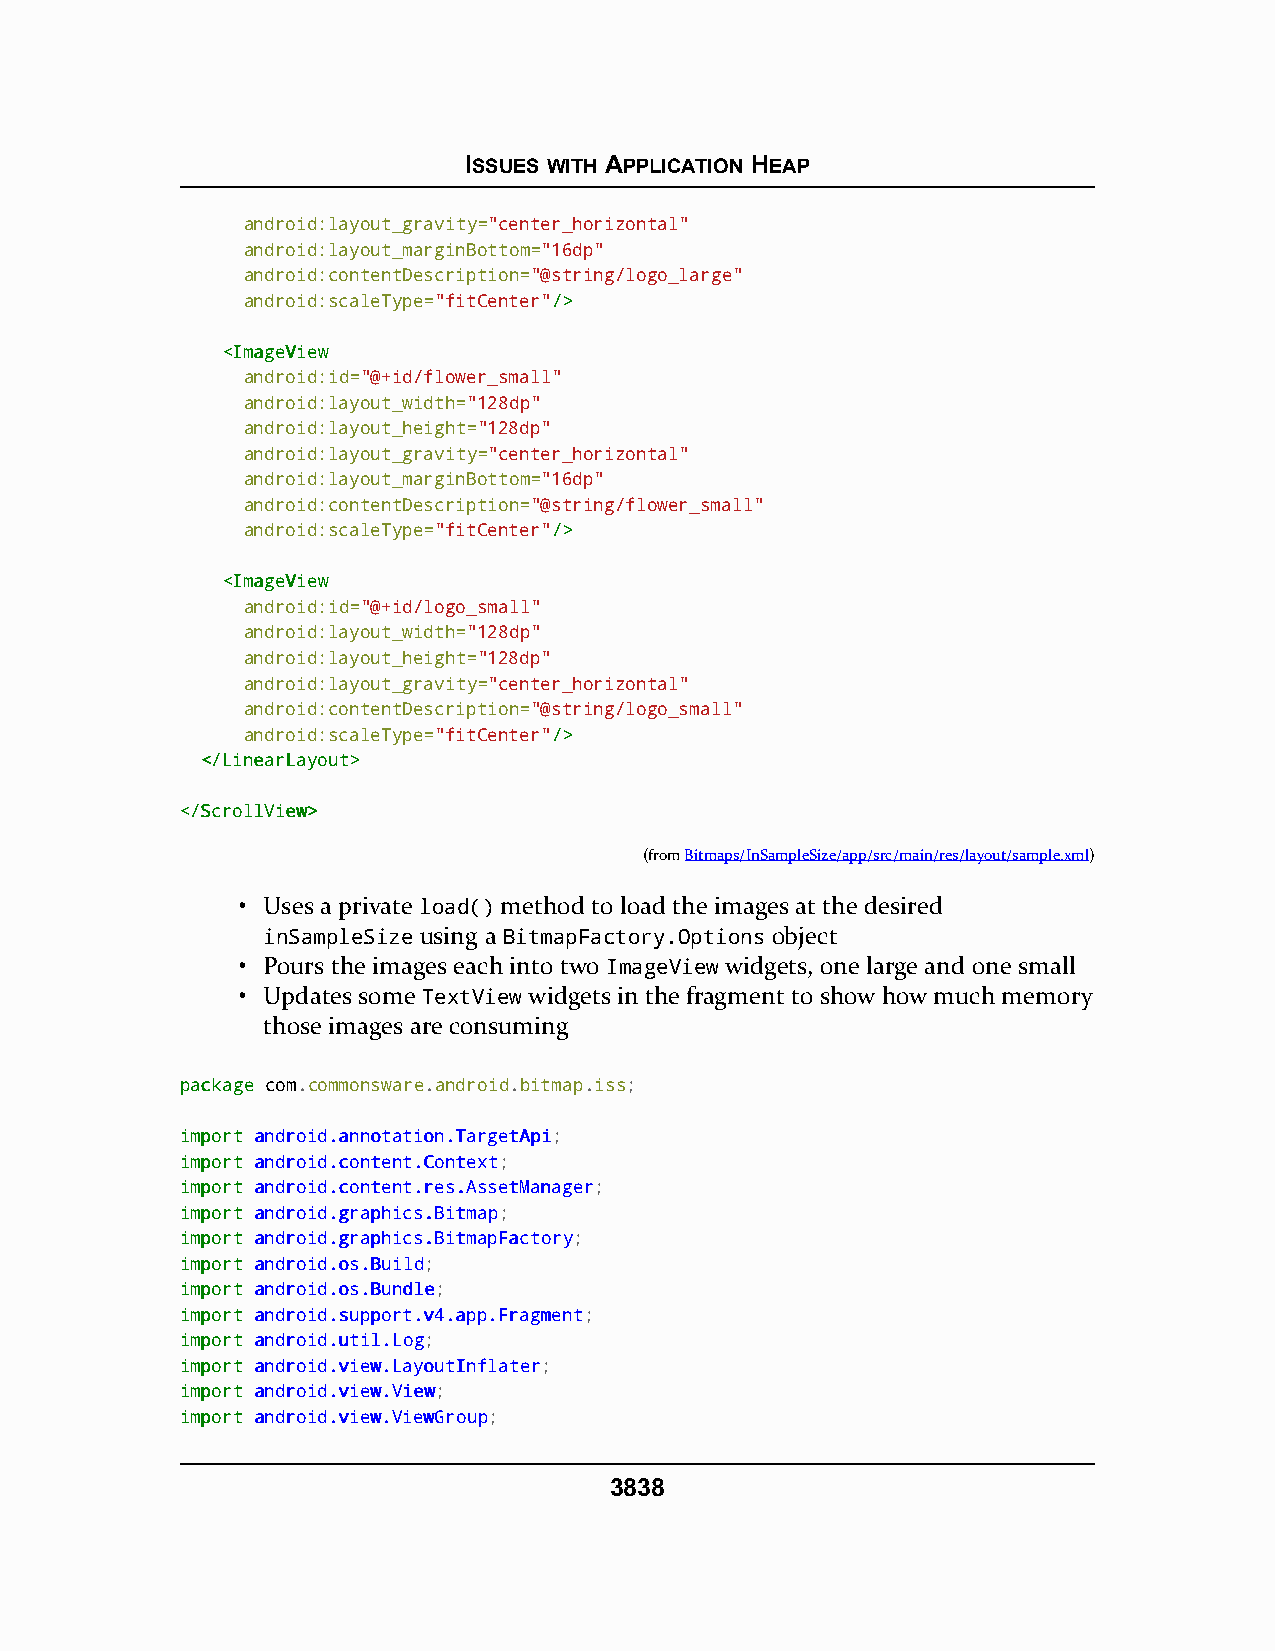
ISSUES WITH APPLICATION HEAP
 android:layout_gravity="center_horizontal"
 android:layout_marginBottom="16dp"
 android:contentDescription="@string/logo_large"
 android:scaleType="fitCenter"//>>
 <<IImmaaggeeVViieeww
 android:id="@+id/flower_small"
 android:layout_width="128dp"
 android:layout_height="128dp"
 android:layout_gravity="center_horizontal"
 android:layout_marginBottom="16dp"
 android:contentDescription="@string/flower_small"
 android:scaleType="fitCenter"//>>
 <<IImmaaggeeVViieeww
 android:id="@+id/logo_small"
 android:layout_width="128dp"
 android:layout_height="128dp"
 android:layout_gravity="center_horizontal"
 android:contentDescription="@string/logo_small"
 android:scaleType="fitCenter"//>>
 <<//LLiinneeaarrLLaayyoouutt>>
 <<//SSccrroollllVViieeww>>
 (fromBitmaps/InSampleSize/app/src/main/res/layout/sample.xml)
 • Uses a private load() method to load the images at the desired
 inSampleSize using a BitmapFactory.Options object
 • Pours the images each into two ImageView widgets, one large and one small
 • Updates some TextView widgets in the fragment to show how much memory
 those images are consuming
 ppaacckkaaggee com.commonsware.android.bitmap.iss;
 iimmppoorrtt aannddrrooiidd..aannnnoottaattiioonn..TTaarrggeettAAppii;
 iimmppoorrtt aannddrrooiidd..ccoonntteenntt..CCoonntteexxtt;
 iimmppoorrtt aannddrrooiidd..ccoonntteenntt..rreess..AAsssseettMMaannaaggeerr;
 iimmppoorrtt aannddrrooiidd..ggrraapphhiiccss..BBiittmmaapp;
 iimmppoorrtt aannddrrooiidd..ggrraapphhiiccss..BBiittmmaappFFaaccttoorryy;
 iimmppoorrtt aannddrrooiidd..ooss..BBuuiilldd;
 iimmppoorrtt aannddrrooiidd..ooss..BBuunnddllee;
 iimmppoorrtt aannddrrooiidd..ssuuppppoorrtt..vv44..aapppp..FFrraaggmmeenntt;
 iimmppoorrtt aannddrrooiidd..uuttiill..LLoogg;
 iimmppoorrtt aannddrrooiidd..vviieeww..LLaayyoouuttIInnffllaatteerr;
 iimmppoorrtt aannddrrooiidd..vviieeww..VViieeww;
 iimmppoorrtt aannddrrooiidd..vviieeww..VViieewwGGrroouupp;
 3838